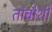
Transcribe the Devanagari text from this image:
तांबोशी